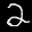
Label: 2